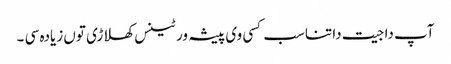
آپ دا جیت دا تناسب کسی وی پیشہ ور ٹینس کھلاڑی تو‏ں زیادہ سی ۔